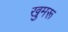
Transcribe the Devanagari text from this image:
खुमरू